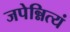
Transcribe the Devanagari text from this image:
जपेन्नित्यं